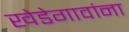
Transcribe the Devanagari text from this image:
खेडेगावांना